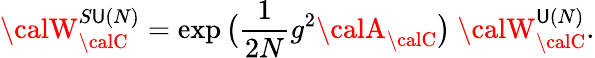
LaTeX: {\calW}_{{\calC}}^{S\mathsf{U}(N)}=\exp\big(\frac{{1}}{{2N}}g^{2}{\calA}_{{\calC}}\big)~{\calW}_{{\calC}}^{\mathsf{U}(N)}.